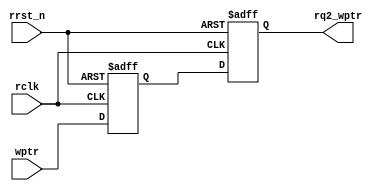
`timescale 1ns / 1ps
module sync_w2r #(parameter ADDRSIZE = 4)  
(	output reg [ADDRSIZE:0] rq2_wptr,   
	input      [ADDRSIZE:0] wptr,   
	input                   rclk, rrst_n);  

reg [ADDRSIZE:0] rq1_wptr;  

always @(posedge rclk or negedge rrst_n)    
if (!rrst_n) 	{rq2_wptr,rq1_wptr} <= 0;    
else        	 {rq2_wptr,rq1_wptr} <= {rq1_wptr,wptr};

endmodule